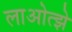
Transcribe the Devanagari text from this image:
लाओत्झे